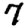
Digit: 7